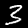
Label: 3